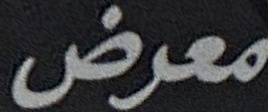
معرض